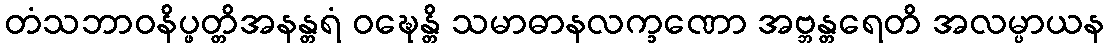
တံသဘာဝနိပ္ဖတ္တိအနန္တရံ ဝဍ္ဎေန္တိ သမာဓာနလက္ခဏော အဗ္ဘန္တရေတိ အလမ္ပာယန